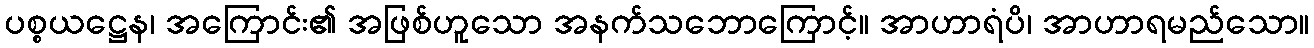
ပစ္စယဋ္ဌေန၊ အကြောင်း၏ အဖြစ်ဟူသော အနက်သဘောကြောင့်။ အာဟာရံပိ၊ အာဟာရမည်သော။